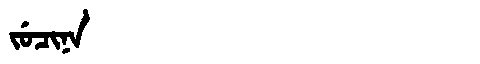
Manchu: ᠵᡠᠴᡳᠨᠠ
Romanization: JUCINA